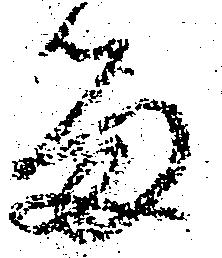
留